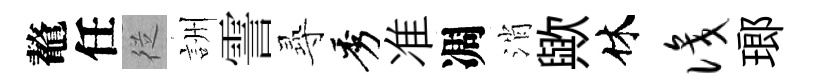
鼇任従詶霅𡬶秀准凋消歟休识瑯